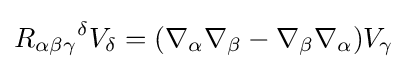
{R_{\alpha \beta \gamma }}^{\delta }V_{\delta }=(\nabla _{\alpha }\nabla _{\beta }-\nabla _{\beta }\nabla _{\alpha })V_{\gamma }